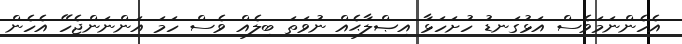
އެހެންނަމަވެސް އަޅުގަނޑު ހުށަހަޅާ އިޞްލާޙެއް ނުވަތަ ބިލެއް ވެސް ހަމަ އަންނަންޖެހޭ އެހެން